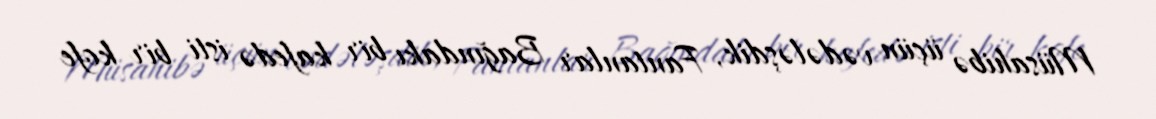
Müsahibə üçün vədələşdik, Fantanlar Bağındakı bir kafedə isti bir kofe